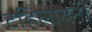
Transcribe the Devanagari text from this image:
टहिलायनी